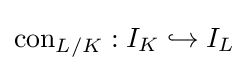
\operatorname {con} _{L/K}:I_{K}\hookrightarrow I_{L}